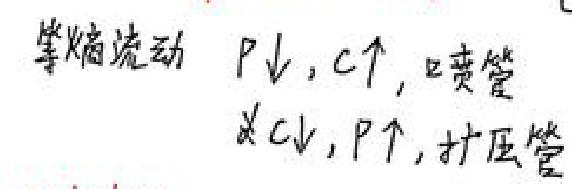
等熵流动 $P\downarrow , c\uparrow ,$ 喷管
及 $c\downarrow , P\uparrow ,$ 扩压管